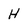
Character: H